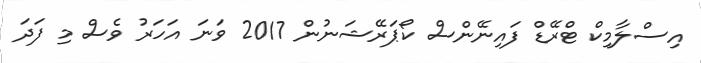
އިސްލާމިކް ޓްރޭޑް ފައިނޭންސް ކޯޕަރޭޝަނުން 2017 ވަަނަ އަހަރު ވެސް މި ފަދަ